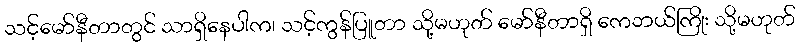
သင့်မော်နီတာတွင် သာရှိနေပါက၊ သင့်ကွန်ပြူတာ သို့မဟုတ် မော်နီတာရှိ ကေဘယ်ကြိုး သို့မဟုတ်